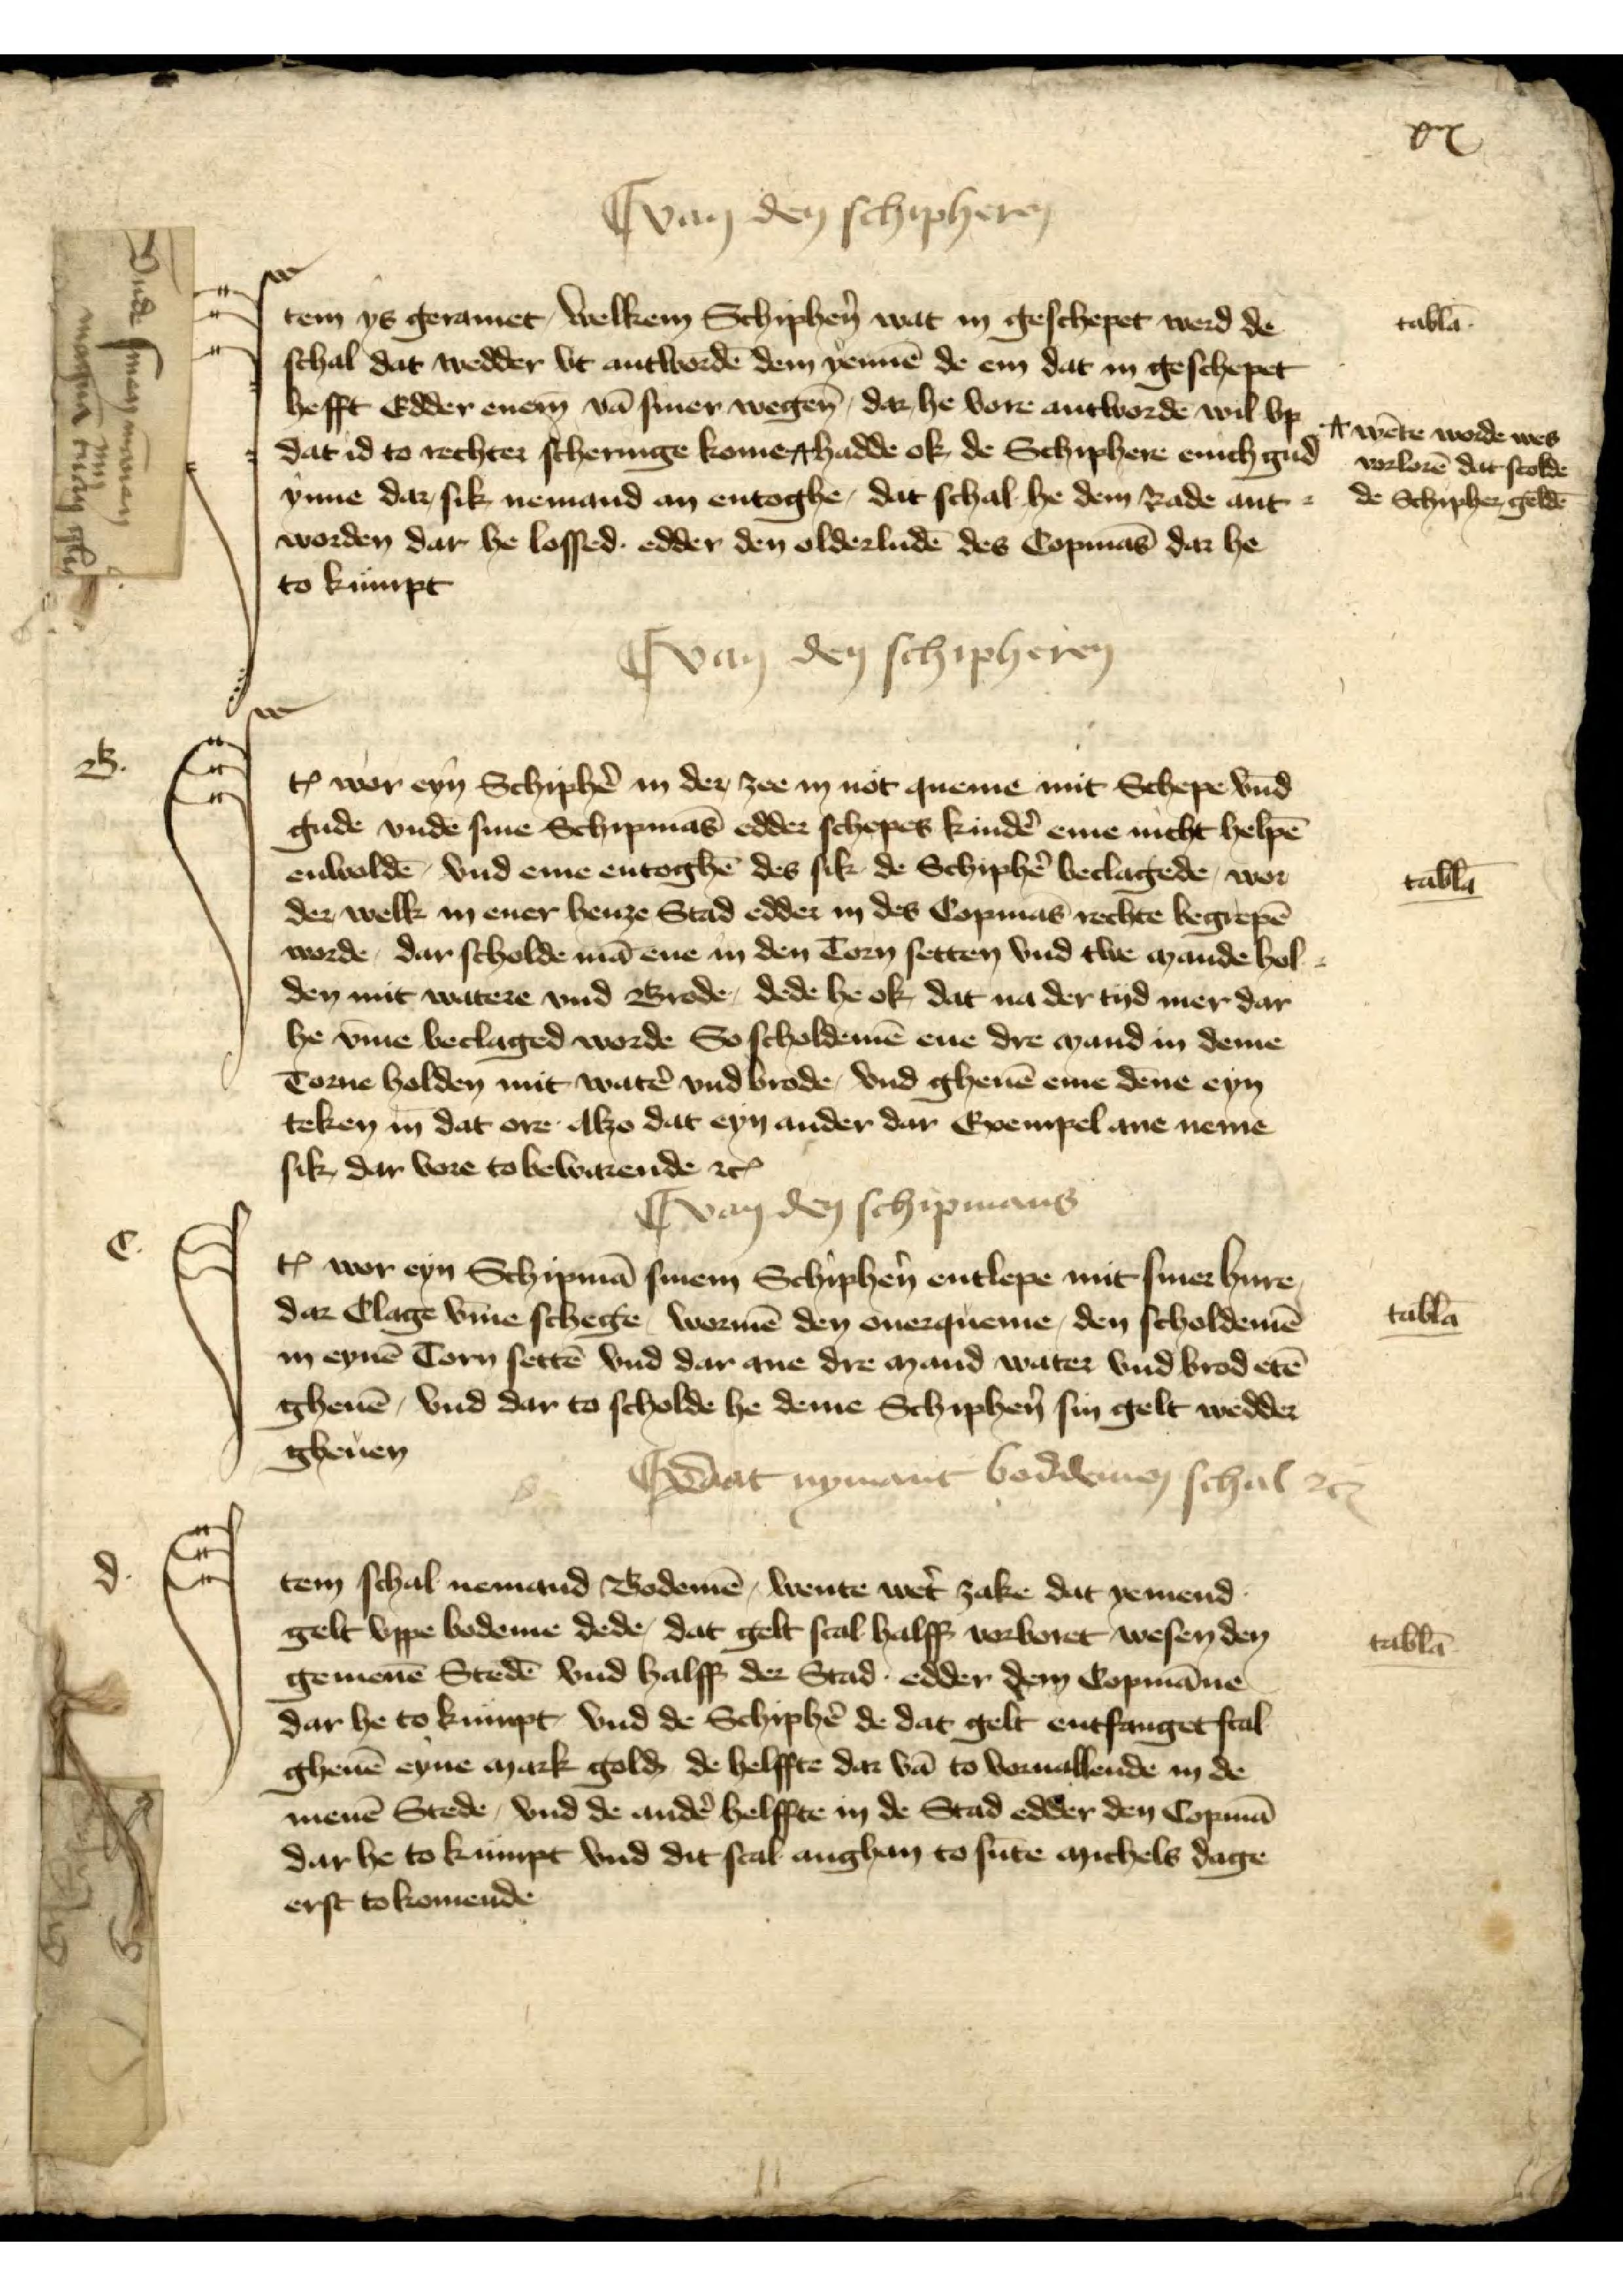
xvi

Jtem ys geramet, welkem Schiphẻn wat in geschepet werd de
schal dat wedder vt antwordē dem yennē de em dat in geschepet
hefft Edder enem vā siner wegen, dar he vore antwordē wil vp
dat id to rechter scheringe kome
wēte worde wes vorlorē dar scolde de Schipher gelde
hadde ok, de Schiphere enich gud
ynne dar, sik nemand an entoghe, dat schal he dem Rade ant¬
worden dar he lossed edder den olderludē des Copmās dar he
to kumpt

Vnde sinen mānen
mn
magna tuan ijh

I van den Schipheren
Jꝷ wor eyn Schiphẻ in der zee in not queme mit Schepe v̄nd
gude vnde sine Schipmās edder schepes kindẻ eme nicht helpē
enwoldē, vnd eme entoghē des sik de Schiphẻ beclagede, wor¬
der welk in ener henze Stad edder in des Copmās rechte begrepē
worde, dar scholde mā ene in den Torn setten vnd twe mande hol¬
den mit watere vnd Brode, dede he ok, dat na der tyd mer dar
he v̄me beclaged worde So scholdemē ene dre mand in deme
Torne holden mit watẻ vnd brode, vnd gheuē dēne eyn
teken in dat ore alzo dat eyn ander dar Exempel ane neme
sik, dar vore to bewarende etꝬ

tab̄la

I van den Schipmans

Jꝷ wor eyn Schipmā sinem Schiphẻn entlepe mit siner hure
dar Clage v̄me schege wormē den ouerqueme, den scholdemē
in eynē Torn settē vnd dar ane dre mand water vnd brod etē
gheuē, vnd dar to scholde he deme Schiphẻn sin gelt wedder
gheuen

tab̄la

I Dat nymant boddmen schal etꝬ

Jtem schal nemand Bodemē, wente wet̉ zake dat yemend
gelt vppe bedeme dede, dat gelt scal halff vorboret wesen den
gemenē Stedē vnd halff der Stad edder dem Copmāne
dar he to kumpt, vnd de Schipẻ de dat gelt entfanget scal
gheuē eyne mark gold de helffte dar vā to voruallende in de
menē Stede, vnd de andẻ helffte in de Stad edder den Copmā
dar he to kumpt vnd dit scal anghan to sūte michels dage
erst to komende

tab̄la

tablā

B

C

D